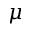
\mu